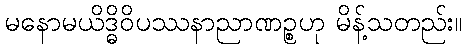
မနောမယိဒ္ဓိဝိပဿနာညာဏဉ္စဟု မိန့်သတည်း။